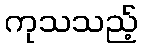
ကုသသည့်